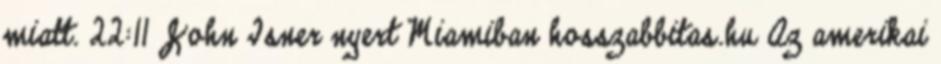
miatt. 22:11 John Isner nyert Miamiban hosszabbitas.hu Az amerikai